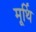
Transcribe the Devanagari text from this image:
मूर्थि